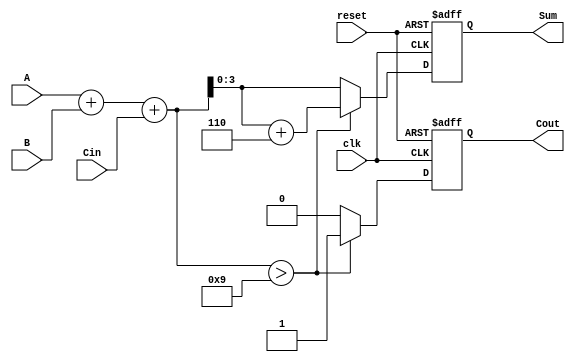
module BCD_Sequential_Adder (
    input wire [3:0] A,       // 4-bit BCD input A
    input wire [3:0] B,       // 4-bit BCD input B
    input wire Cin,           // 1-bit carry input
    input wire clk,           // Clock signal
    input wire reset,         // Reset signal
    output reg [3:0] Sum,     // 4-bit BCD sum output
    output reg Cout           // 1-bit carry output
);

    reg [4:0] Temp;           // 5-bit intermediate result

    always @(posedge clk or posedge reset) begin
        if (reset) begin
            Sum <= 4'b0000;    // Clear the sum on reset
            Cout <= 1'b0;      // Clear the carry output
        end else begin
            // Step 1: Perform binary addition
            Temp = A + B + Cin;

            // Step 2: Check if Temp exceeds BCD range
            if (Temp > 9) begin
                Temp = Temp + 5'd6; // Adjust for BCD
                Cout <= 1'b1;       // Set carry output
            end else begin
                Cout <= 1'b0;       // No carry output
            end
            
            // Assign Sum with the lower 4 bits of Temp
            Sum <= Temp[3:0];
        end
    end

endmodule